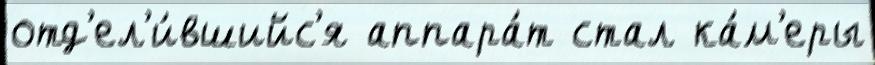
отд'ел'и́вшийс'я аппара́т стал ка́м'еры